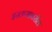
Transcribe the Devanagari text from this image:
इस्लामावरील